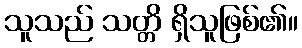
သူသည် သတ္တိ ရှိသူဖြစ်၏။